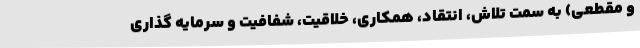
و مقطعی) به سمت تلاش، انتقاد، همکاری، خلاقیت، شفافیت و سرمایه گذاری